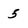
Character: 5